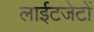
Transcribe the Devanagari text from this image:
लाईटजेटों